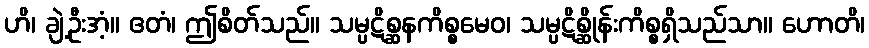
ဟိ၊ ချဲ့ဦးအံ့။ ဧတံ၊ ဤစိတ်သည်။ သမ္ပဋိစ္ဆနကိစ္စမေဝ၊ သမ္ပဋိစ္ဆိုန်းကိစ္စရှိသည်သာ။ ဟောတိ၊